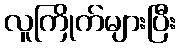
လူကြိုက်များပြီး